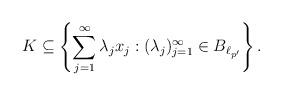
LaTeX: \begin{align*}K\subseteq\left\{\sum\limits_{j=1}^\infty \lambda_jx_j : (\lambda_j)_{j=1}^\infty\in B_{\ell_{p'}} \right\}.\end{align*}